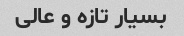
بسیار تازه و عالی